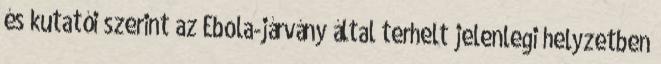
és kutatói szerint az Ebola-járvány által terhelt jelenlegi helyzetben